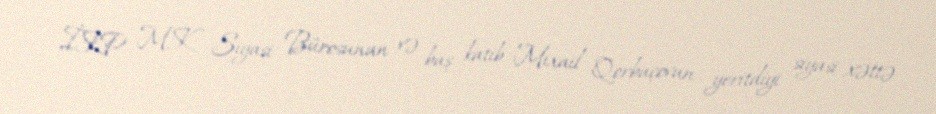
İKP MK Siyasi Bürosunun və baş katib Mixail Qorbaçovun yeritdiyi siyasi xəttə